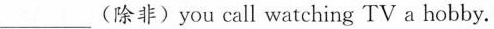
___ (除非) you call watching TV a hobby.